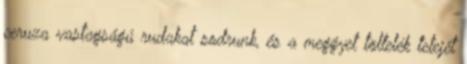
ceruza vastagságú rudakat sodrunk, és a meggyet töltelék tetejét